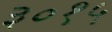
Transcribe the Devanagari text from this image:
३०१५